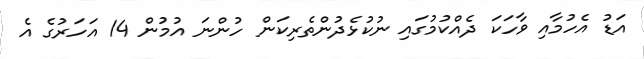
އަޑު އެހުމާއި ވާހަކަ ދެއްކުމުގައި ނުކުޅެދުންތެރިކަން ހުންނަ އުމުން 14 އަހަރުގެ އެ